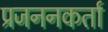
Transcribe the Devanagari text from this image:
प्रजननकर्ता